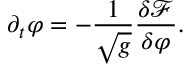
\partial _ { t } \varphi = - \frac { 1 } { \sqrt { g } } \frac { \delta \mathcal F } { \delta \varphi } .